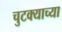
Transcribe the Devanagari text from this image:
चुटक्याच्या